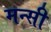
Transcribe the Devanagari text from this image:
मन्सी